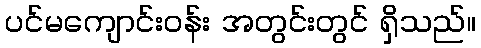
ပင်မကျောင်းဝန်း အတွင်းတွင် ရှိသည်။